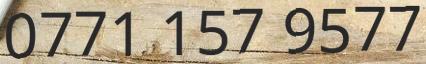
0771 157 9577